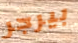
بيرجر